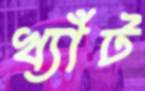
খ্যাঁট